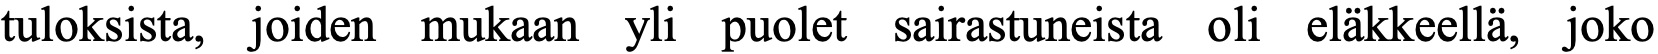
tuloksista, joiden mukaan yli puolet sairastuneista oli eläkkeellä, joko